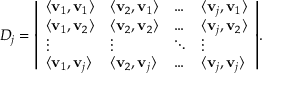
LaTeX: D _ { j } = { \left| \begin{array} { l l l l } { \langle \mathbf { v } _ { 1 } , \mathbf { v } _ { 1 } \rangle } & { \langle \mathbf { v } _ { 2 } , \mathbf { v } _ { 1 } \rangle } & { \dots } & { \langle \mathbf { v } _ { j } , \mathbf { v } _ { 1 } \rangle } \\ { \langle \mathbf { v } _ { 1 } , \mathbf { v } _ { 2 } \rangle } & { \langle \mathbf { v } _ { 2 } , \mathbf { v } _ { 2 } \rangle } & { \dots } & { \langle \mathbf { v } _ { j } , \mathbf { v } _ { 2 } \rangle } \\ { \vdots } & { \vdots } & { \ddots } & { \vdots } \\ { \langle \mathbf { v } _ { 1 } , \mathbf { v } _ { j } \rangle } & { \langle \mathbf { v } _ { 2 } , \mathbf { v } _ { j } \rangle } & { \dots } & { \langle \mathbf { v } _ { j } , \mathbf { v } _ { j } \rangle } \end{array} \right| } .